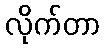
လိုက်တာ